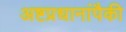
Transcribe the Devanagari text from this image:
अष्टप्रधानांपैकी